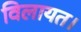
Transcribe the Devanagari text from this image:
विलायत।